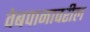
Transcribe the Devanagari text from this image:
वेबपानावरील